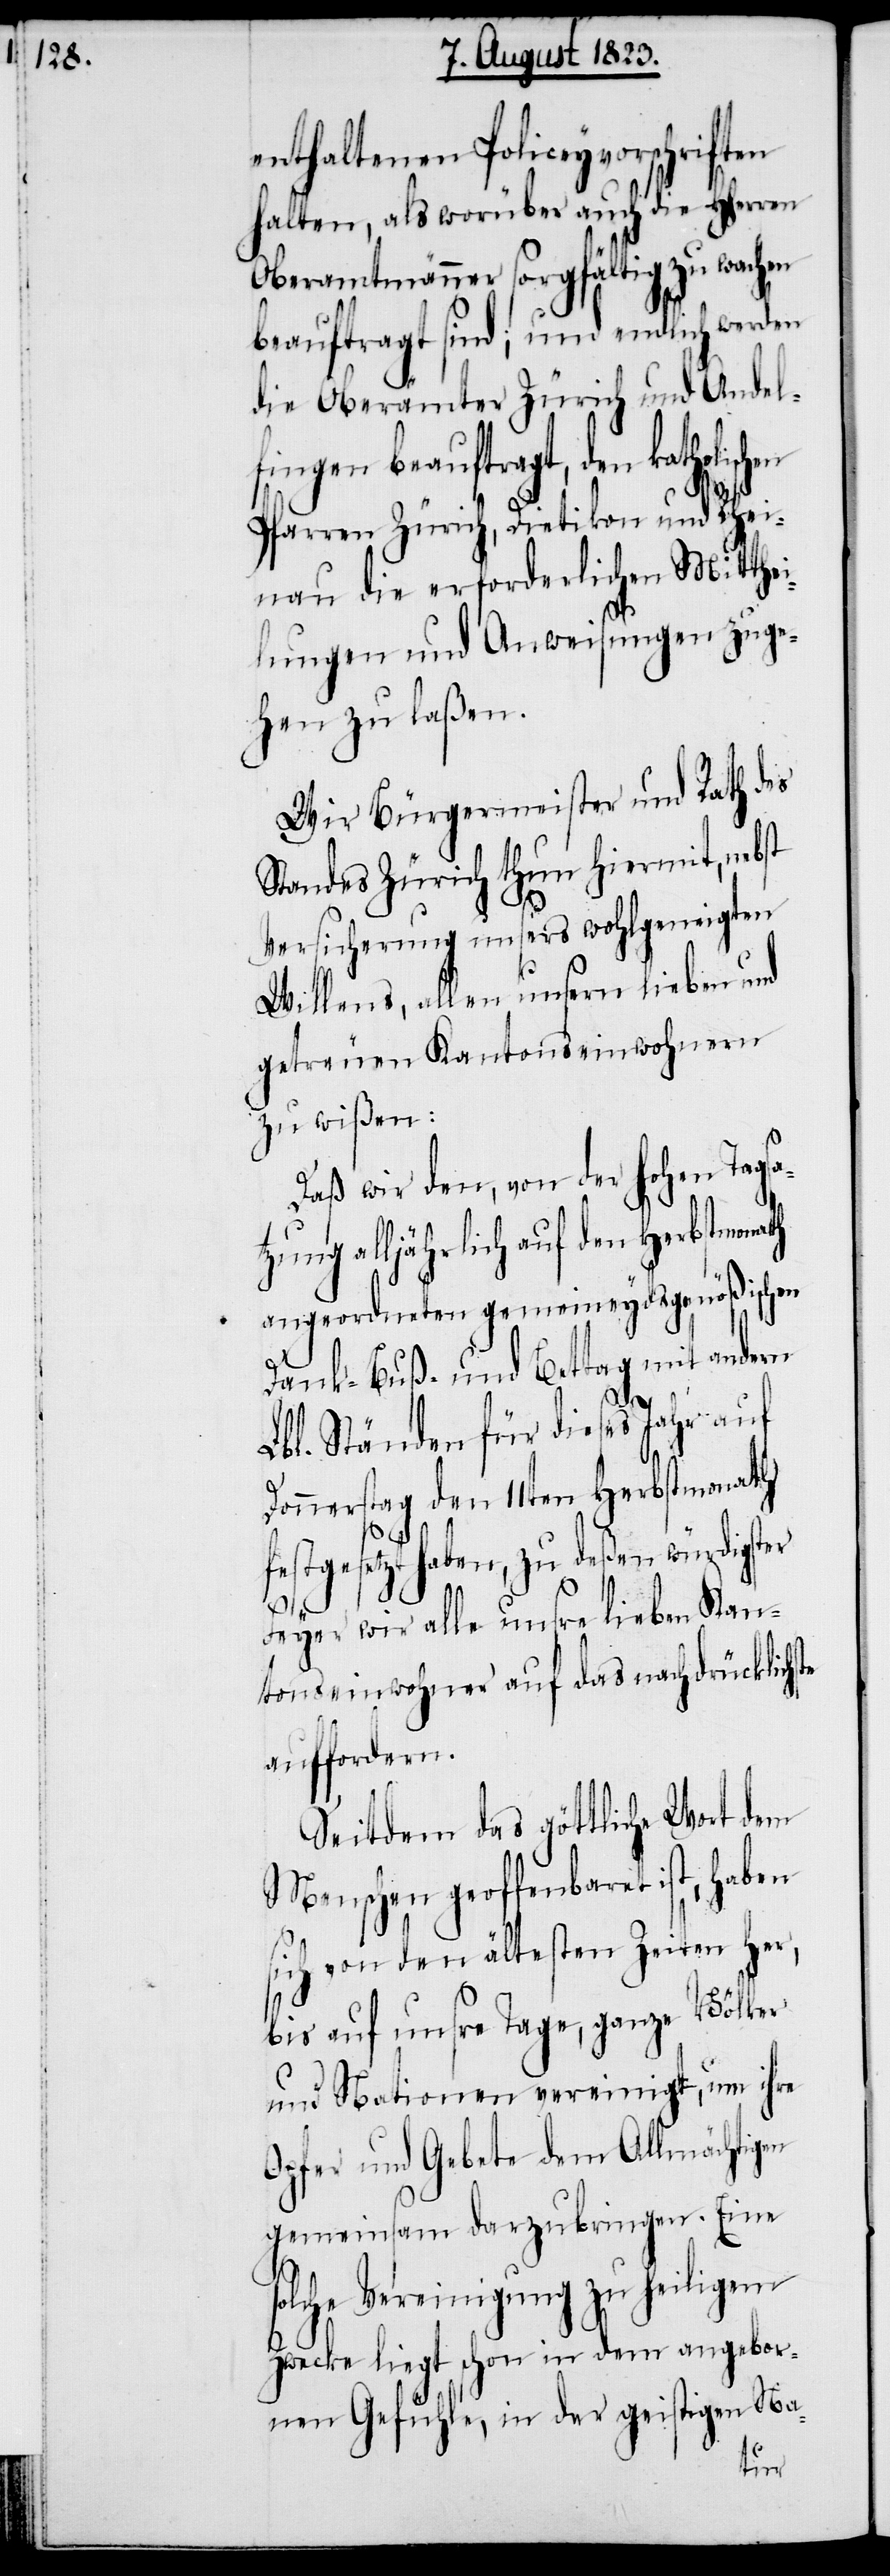
enthaltenen Policeyvorschriften
halten, als worüber auch die HHerren
Oberamtmänner sorgfältig zu wachen
beauftragt sind; und endlich werden
die Oberämter Zürich und Andel¬
fingen beauftragt, den
Pfarren Zürich, Dietikon und Rhei¬
nau die erforderlichen Mitthei¬
lungen und Anweisungen zuge¬
hen zu laßen.
Wir Bürgermeister und Rath des
Standes Zürich thun hiermit, nebst
Versicherung unsers wohlgeneigten
Willens, allen unsern lieben und
getreuen Kantonseinwohnern
zu wißen:
Daß wir den, von der hohen Tagsa¬
tzung alljährlich auf den Herbstmonath
angeordneten gemeineydsgenößischen
Dank- Buß- und Bettag mit andern
Lbl. Ständen für dieses Jahr auf
Donnerstag den 11ten Herbstmonath
festgesetzt haben, zu deßen würdigster
Feyer wir alle unsre lieben Kan¬
tonseinwohner auf das nachdrücklichste
auffordern.
Seitdem das göttliche Wort dem
Menschen geoffenbaret ist, haben
sich von den ältesten Zeiten her,
bis auf unsre Tage, ganze Völker
und Nationen vereinigt, um ihre
Opfer und Gebete dem Allmächtigen
gemeinsam darzubringen. Eine
solche Vereinigung zu heiligem
Zwecke liegt schon in dem angebor¬
nen Gefühle, in der geistigen Na-